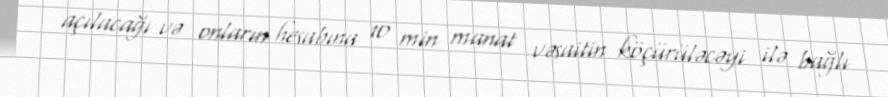
açılacağı və onların hesabına 10 min manat vəsaitin köçürüləcəyi ilə bağlı